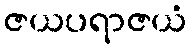
ဇယပရာဇယံ